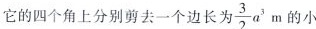
它的四个角上分别剪去一个边长为32 $$\frac{3}{2}a^{3}m$$ 的小